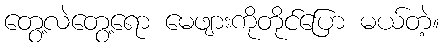
တွေ့လဲတွေ့ရော မေဖျားကိုတိုင်ပြော မယ်တဲ့။